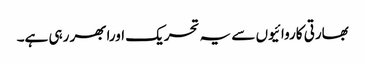
بھارتی کاروائیوں سے یہ تحریک اورابھر رہی ہے۔